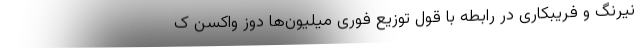
نیرنگ و فریبکاری در رابطه با قول توزیع فوری میلیون‌ها دوز واکسن ک